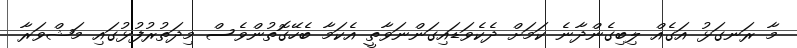
މާ ރަނގަޅު އަގެއް ލިބިގެންދާނެ ކަމަށް ދެކެވަޑައިގަންނަވާތީ އެކަމާ ބެހޭގޮތުންވެސް މިދަތުރުފުޅުގައި މަޝްވަރާ